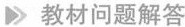
▶教材问题解答